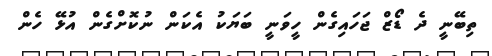
ތިބޭނީ ދެ ޑޯޒް ޖަހައިގެން ހީވަނީ ބަޔަކު އެކަން ނުކޮށްގެން އުޅޭ ހެން